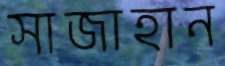
সাজাহান